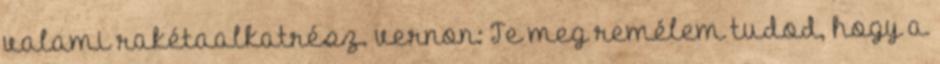
valami rakétaalkatrész. vernon: Te meg remélem tudod, hogy a